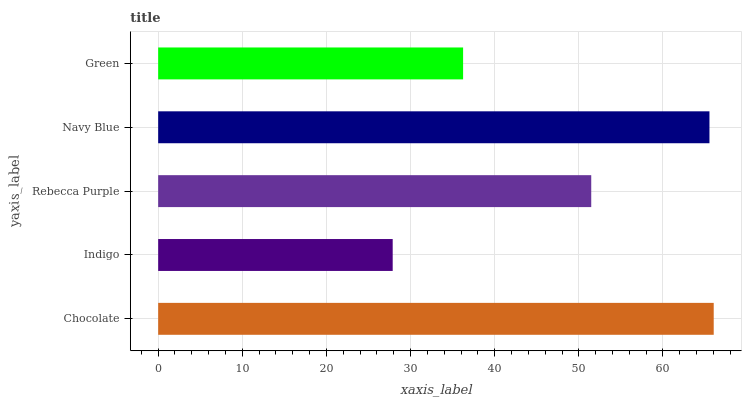
| yaxis_label | bars |
 | --- | --- |
 | Chocolate | 66 |
 | Indigo | 27.9 |
 | Rebecca Purple | 51.5 |
 | Navy Blue | 65.5 |
 | Green | 36.2 |